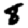
Digit: 8